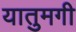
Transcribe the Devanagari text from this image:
यातुमगी